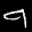
Label: 9